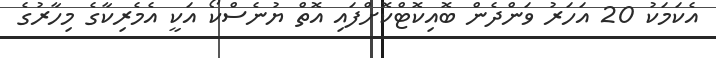
އެކަމަކު 20 އަހަރު ވަންދެން ބޮއިކޮޓްކޮށްފައި އޮތް ޔުނެސްކޯ އަކީ އެމެރިކާގެ މިހާރުގެ